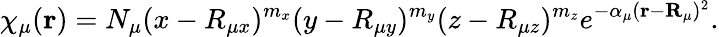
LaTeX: \chi_{\mu}(\mathbf{r})=N_{\mu}(x-R_{\mu x})^{m_{x}}(y-R_{\mu y})^{m_{y}}(z-R_{\mu z})^{m_{z}}e^{-\alpha_{\mu}(\mathbf{r}-\mathbf{R}_{\mu})^{2}}.